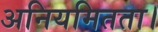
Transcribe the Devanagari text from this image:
अनियमितता।